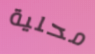
محلية